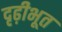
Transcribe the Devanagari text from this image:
दृढ़ीभूत